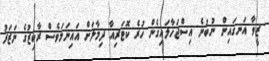
ޒީވާ އަނގައިން ނުބުނެ އިސްޖަހާލައިގެން ހުރެ ކޮޓަރިއާ ދިމާލަށް އައިނަމަވެސް ރާކިޒުގެ ނަޒަރު